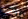
عليك